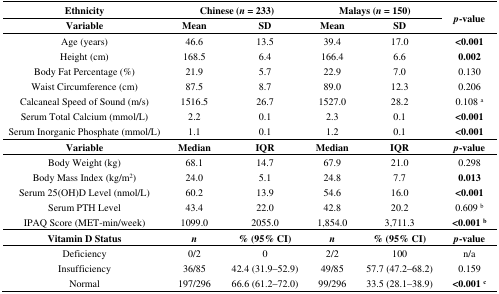
<table><thead><tr><td><b>Ethnicity</b></td><td colspan="2"><b>Chinese (<i>n</i> = 233)</b></td><td colspan="2"><b>Malays (<i>n</i> = 150)</b></td><td rowspan="2"><b><i>p</i>-value</b></td></tr><tr><td><b>Variable</b></td><td><b>Mean</b></td><td><b>SD</b></td><td><b>Mean</b></td><td><b>SD</b></td></tr></thead><tbody><tr><td>Age (years)</td><td>46.6</td><td>13.5</td><td>39.4</td><td>17.0</td><td><b>&lt;0.001</b></td></tr><tr><td>Height (cm)</td><td>168.5</td><td>6.4</td><td>166.4</td><td>6.6</td><td><b>0.002</b></td></tr><tr><td>Body Fat Percentage (%)</td><td>21.9</td><td>5.7</td><td>22.9</td><td>7.0</td><td>0.130</td></tr><tr><td>Waist Circumference (cm)</td><td>87.5</td><td>8.7</td><td>89.0</td><td>12.3</td><td>0.206</td></tr><tr><td>Calcaneal Speed of Sound (m/s)</td><td>1516.5</td><td>26.7</td><td>1527.0</td><td>28.2</td><td>0.108 <sup>a</sup></td></tr><tr><td>Serum Total Calcium (mmol/L)</td><td>2.2</td><td>0.1</td><td>2.3</td><td>0.1</td><td><b>&lt;0.001</b></td></tr><tr><td>Serum Inorganic Phosphate (mmol/L)</td><td>1.1</td><td>0.1</td><td>1.2</td><td>0.1</td><td><b>&lt;0.001</b></td></tr><tr><td><b>Variable</b></td><td><b>Median</b></td><td><b>IQR</b></td><td><b>Median</b></td><td><b>IQR</b></td><td><b><i>p</i>-value</b></td></tr><tr><td>Body Weight (kg)</td><td>68.1</td><td>14.7</td><td>67.9</td><td>21.0</td><td>0.298</td></tr><tr><td>Body Mass Index (kg/m<sup>2</sup>)</td><td>24.0</td><td>5.1</td><td>24.8</td><td>7.7</td><td><b>0.013</b></td></tr><tr><td>Serum 25(OH)D Level (nmol/L)</td><td>60.2</td><td>13.9</td><td>54.6</td><td>16.0</td><td><b>&lt;0.001</b></td></tr><tr><td>Serum PTH Level</td><td>43.4</td><td>22.0</td><td>42.8</td><td>20.2</td><td>0.609 <sup>b</sup></td></tr><tr><td>IPAQ Score (MET-min/week)</td><td>1099.0</td><td>2055.0</td><td>1,854.0</td><td>3,711.3</td><td><b>&lt;0.001 <sup>b</sup></b></td></tr><tr><td><b>Vitamin D Status</b></td><td><b><i>n</i></b></td><td><b>% (95% CI)</b></td><td><b><i>n</i></b></td><td><b>% (95% CI)</b></td><td><b><i>p</i>-value</b></td></tr><tr><td>Deficiency</td><td>0/2</td><td>0</td><td>2/2</td><td>100</td><td>n/a</td></tr><tr><td>Insufficiency</td><td>36/85</td><td>42.4 (31.9–52.9)</td><td>49/85</td><td>57.7 (47.2–68.2)</td><td>0.159</td></tr><tr><td>Normal</td><td>197/296</td><td>66.6 (61.2–72.0)</td><td>99/296</td><td>33.5 (28.1–38.9)</td><td><b>&lt;0.001 <sup>c</sup></b></td></tr></tbody></table>